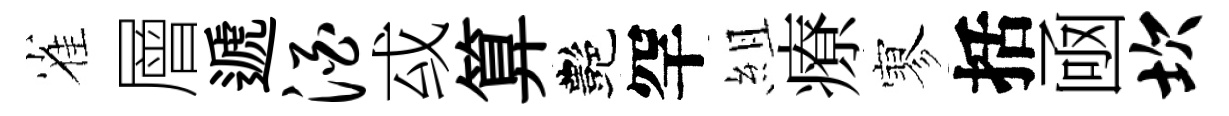
雀層遞酒㦯算艷罕組療寥括凾坎